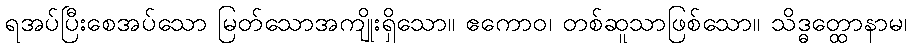
ရအပ်ပြီးစေအပ်သော မြတ်သောအကျိုးရှိသော။ ဧကောဝ၊ တစ်ဆူသာဖြစ်သော။ သိဒ္ဓတ္ထောနာမ၊